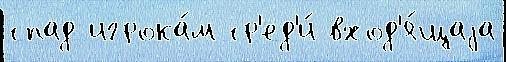
спад игрока́м ср'ед'и́ вход'я́щаjа